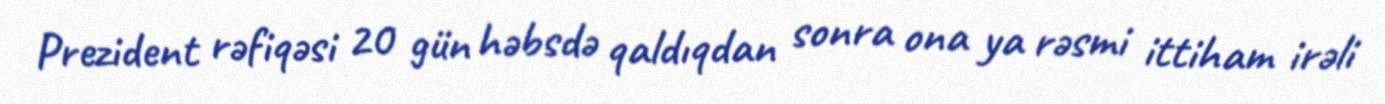
Prezident rəfiqəsi 20 gün həbsdə qaldıqdan sonra ona ya rəsmi ittiham irəli